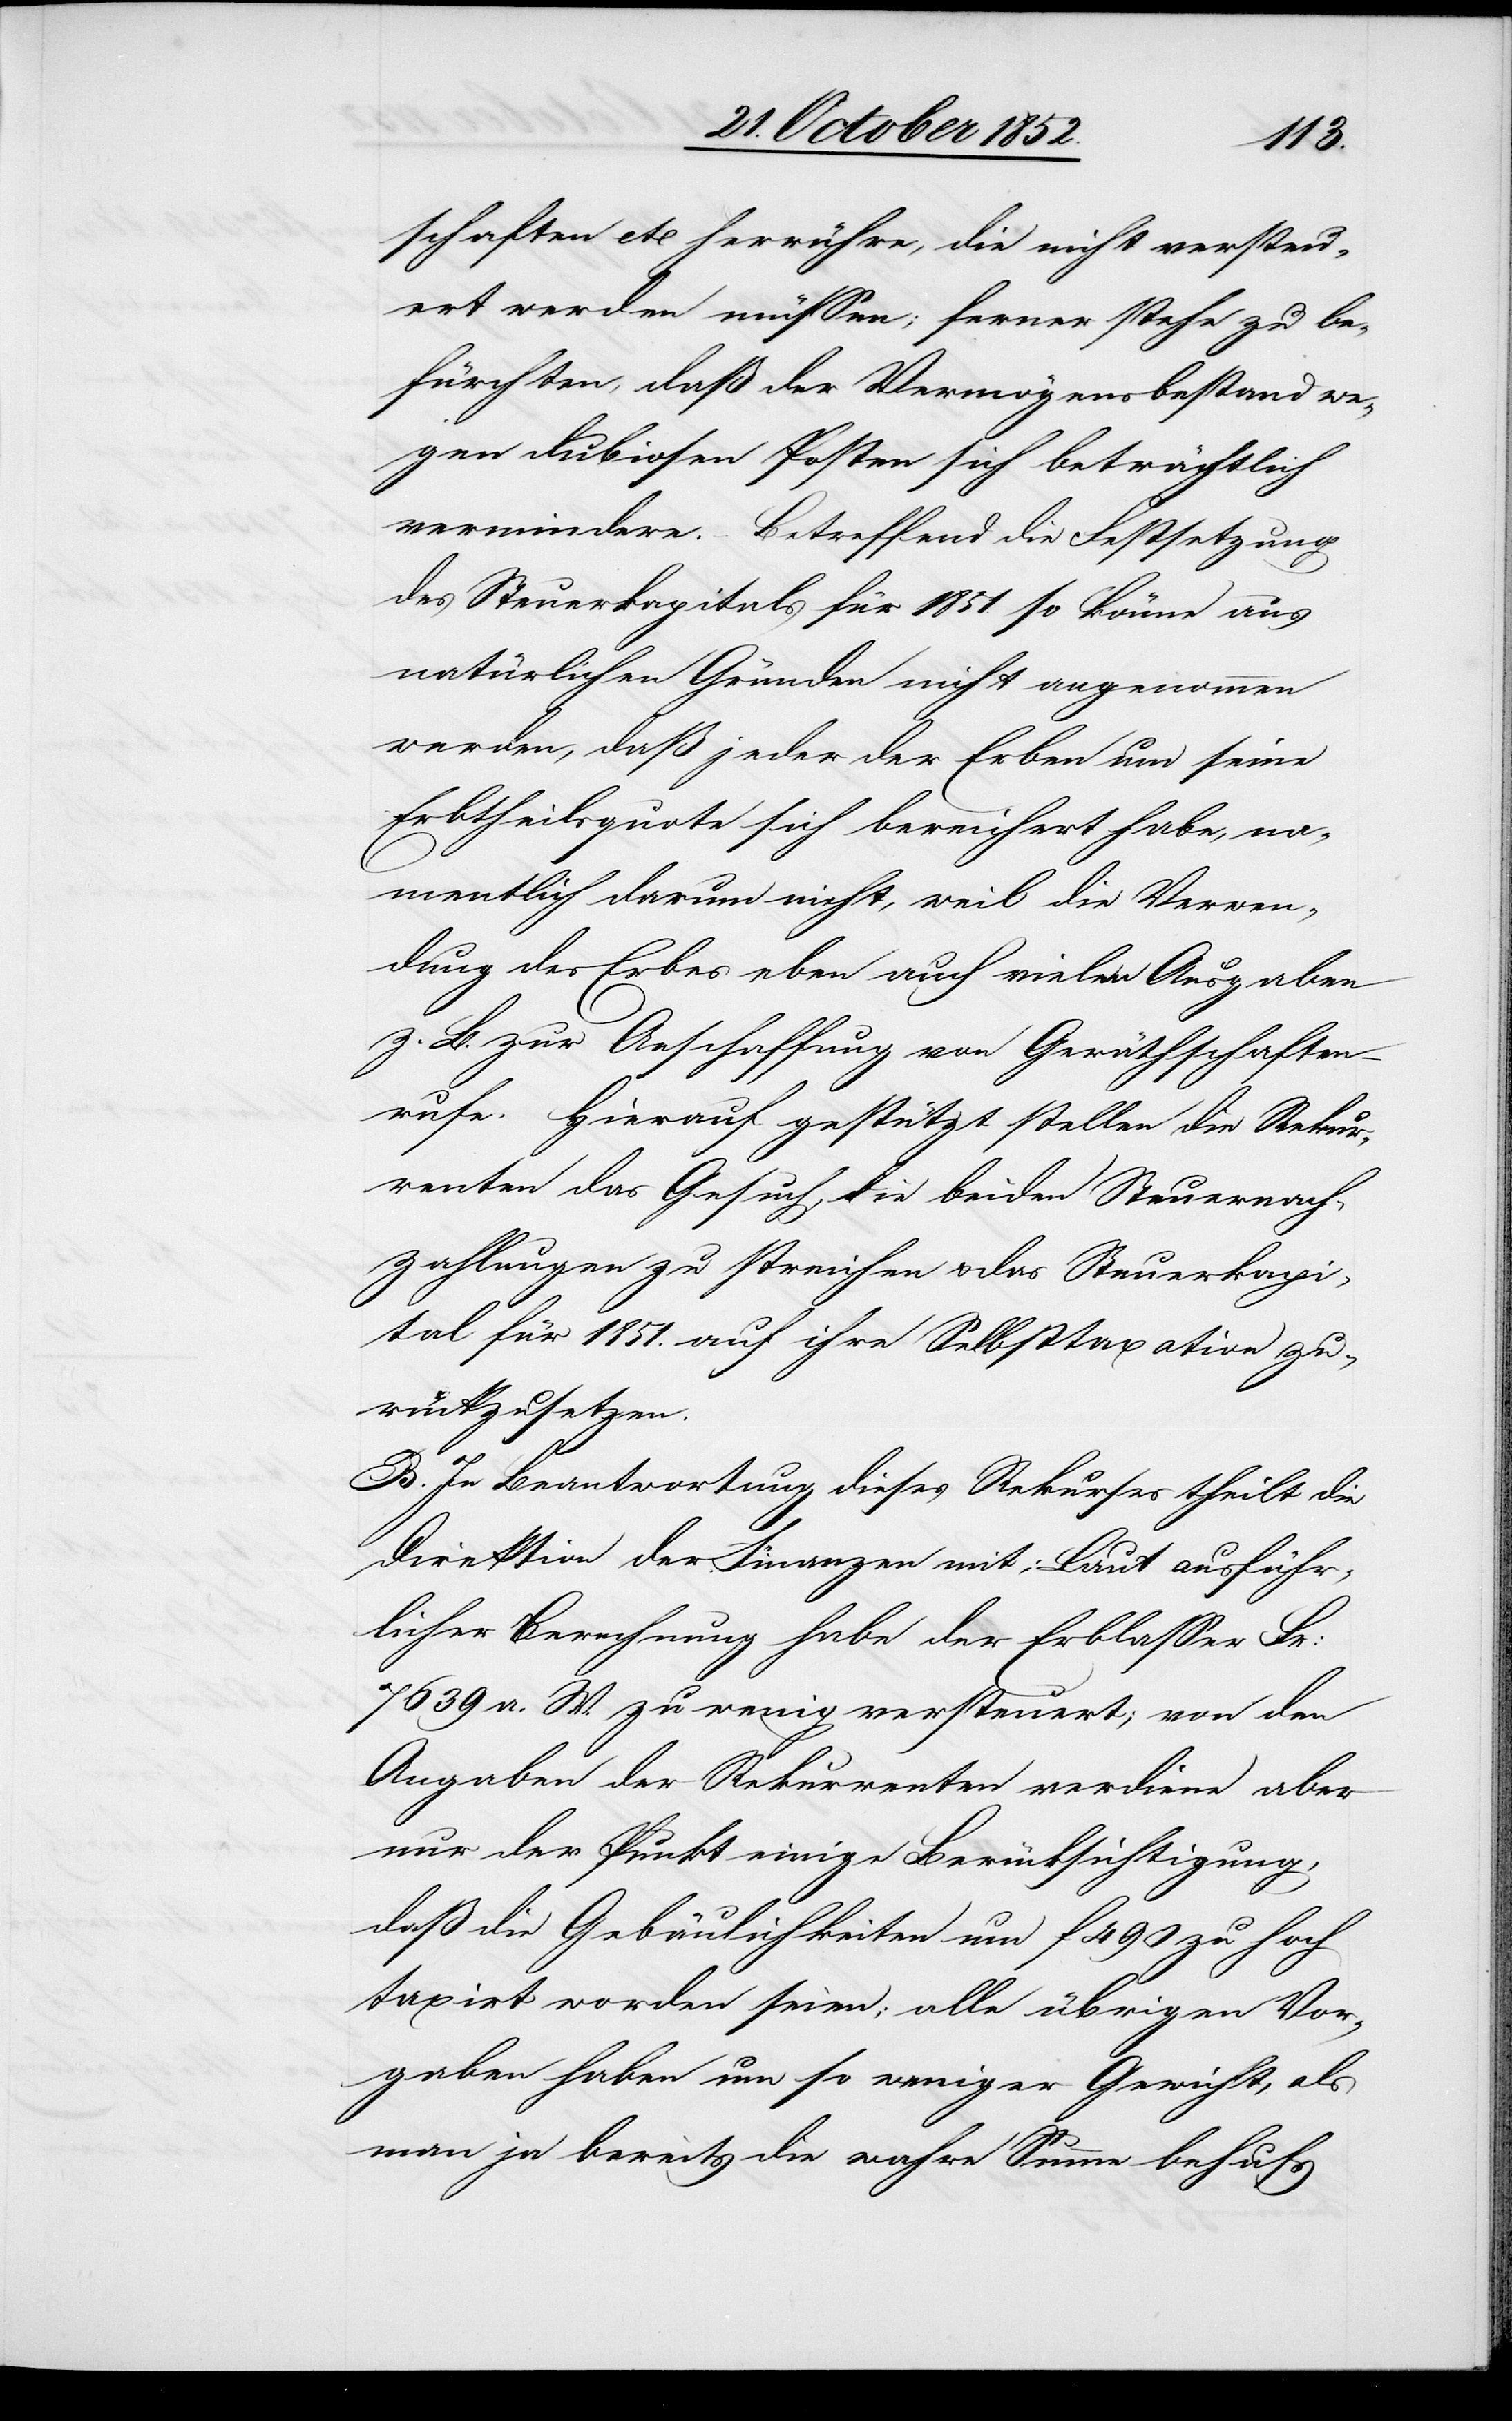
schaften etc herrühre, die nicht versteu¬
ert werden müssen; ferner stehe zu be¬
fürchten, daß der Vermögensbestand we¬
gen dubiosen Posten sich beträchtlich
vermindere. Betreffend die Festsetzung
des Steuerkapitals für 1851. so könne aus
natürlichen Gründen nicht angenommen
werden, daß jeder der Erben um seine
Erbtheilsquote sich bereichert habe, na¬
mentlich darum nicht, weil die Verwen¬
dung des Erbes eben auch vielen Ausgaben
z. B. zur Anschaffung von Geräthschaften
rufe. Hierauf gestützt stellen die Rekur¬
renten das Gesuch, die beiden Steuernach¬
zahlungen zu streichen & das Steuerkapi¬
tal für 1851. auf ihre Selbsttaxation zu¬
rückzusetzen.
B. In Beantwortung dieses Rekurses theilt die
Direktion der Finanzen mit; Laut ausführ¬
licher Berechnung habe der Erblasser Fr:
7639 a. W. zu wenig versteuert; von den
Angaben der Rekurrenten verdiene aber
nur der Punkt einige Berücksichtigung,
daß die Gebäulichkeiten um f 490 zu hoch
taxirt worden seien; alle übrigen Vor¬
gaben haben um so weniger Gewicht, als
man ja bereits die wahre Summe behufs